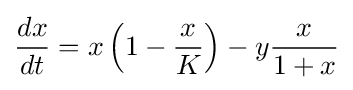
{\frac {dx}{dt}}=x\left(1-{\frac {x}{K}}\right)-y{\frac {x}{1+x}}